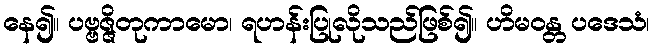
နေ၍။ ပဗ္ဗဇ္ဇိတုကာမော၊ ရဟန်းပြုလိုသည်ဖြစ်၍။ ဟိမဝန္တ ပဒေသံ၊